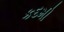
કદમી